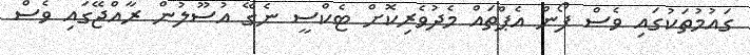
ގައުމުތަކުގައި ވެސް ފޯން އެޕްތައް މެދުވެރިކޮށް ޓެކްސީ ނެގޭ އުސޫލުން ރާއްޖޭގައި ވެސް